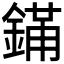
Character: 𬫮